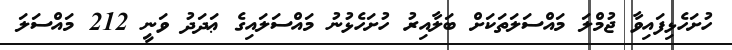
ހުށަހެޅިފައިވާ ޖުމްލަ މައްސަލަތަކަށް ބަލާއިރު ހުށަހެޅުނު މައްސަލައިގެ ޢަދަދު ވަނީ 212 މައްސަލަ